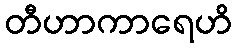
တီဟာကာရေဟိ